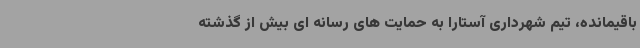
باقیمانده، تیم شهرداری آستارا به حمایت های رسانه ای بیش از گذشته